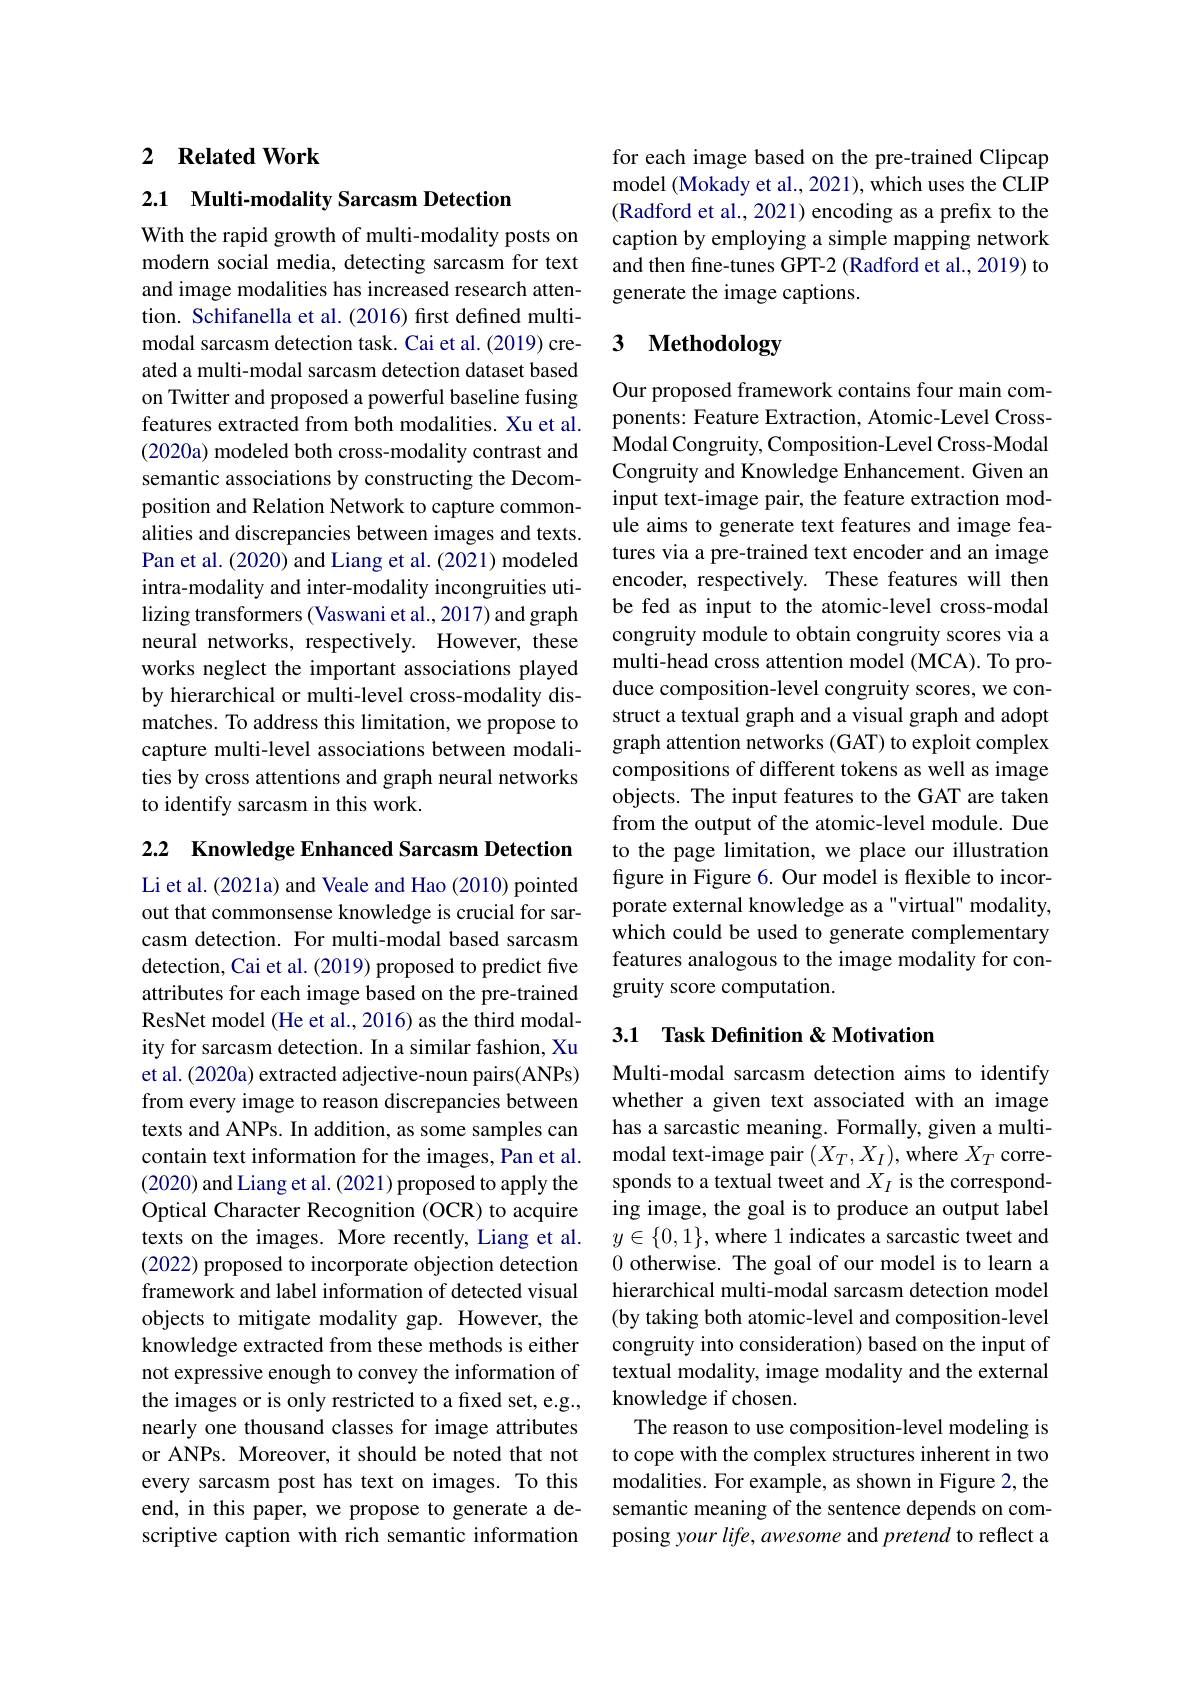
### 2 $\textbf{Related Work}$

2.1 Multi-modality Sarcasm Detection

With the rapid growth of multi-modality posts on modern social media, detecting sarcasm for text and image modalities has increased research attention. Schifanella et al.(2016) frst defined multimodal sarcasm detection task. Cai et al. (2019) created a multi-modal sarcasm detection dataset based on Twitter and proposed a powerful baseline fusing features extracted from both modalities. Xu et al. (2020a) modeled both cross-modality contrast and semantic associations by constructing the Decomposition and Relation Network to capture commonalities and discrepancies between images and texts. Pan et al. (2020) and Liang et al. (2021) modeled intra-modality and inter-modality incongruities utilizing transformers (Vaswani et al., 2017) and graph neural networks, respectively. However, these works neglect the important associations played by hierarchical or multi-level cross-modality dismatches. To address this limitation, we propose to capture multi-level associations between modalities by cross attentions and graph neural networks to identify sarcasm in this work.

2.2 Knowledge Enhanced Sarcasm Detection

Li et al. (2021a) and Veale and Hao (2010) pointed out that commonsense knowledge is crucial for sarcasm detection. For multi-modal based sarcasm detection, Cai et al. (2019) proposed to predict five attributes for each image based on the pre-trained ResNet model (He et al., 2016) as the third modality for sarcasm detection. In a similar fashion, Xu et al. (2020a) extracted adjective-noun pairs(ANPs) from every image to reason discrepancies between texts and ANPs. In addition, as some samples can contain text information for the images, Pan et al. (2020) and Liang et al. (2021) proposed to apply the Optical Character Recognition (OCR) to acquire texts on the images. More recently, Liang et al. (2022) proposed to incorporate objection detection framework and label information of detected visual objects to mitigate modality gap. However, the knowledge extracted from these methods is either not expressive enough to convey the information of the images or is only restricted to a fixed set, e.g., nearly one thousand classes for image attributes or ANPs. Moreover, it should be noted that not every sarcasm post has text on images. To this end, in this paper, we propose to generate a descriptive caption with rich semantic information

for each image based on the pre-trained Clipcap model (Mokady et al., 2021), which uses the CLIP (Radford et al., 2021) encoding as a prefix to the caption by employing a simple mapping network and then fine-tunes GPT-2 (Radford et al., 2019) to generate the image captions.

# 3 Methodology

Our proposed framework contains four main components: Feature Extraction, Atomic-Level CrossModal Congruity, Composition-Level Cross-Modal Congruity and Knowledge Enhancement. Given an input text-image pair, the feature extraction module aims to generate text features and image features via a pre-trained text encoder and an image encoder, respectively. These features will then be fed as input to the atomic-level cross-modal congruity module to obtain congruity scores via a multi-head cross attention model (MCA). To produce composition-level congruity scores, we construct a textual graph and a visual graph and adopt graph attention networks (GAT) to exploit complex compositions of different tokens as well as image objects. The input features to the GAT are taken from the output of the atomic-level module. Due to the page limitation, we place our illustration figure in Figure 6. Our model is flexible to incorporate external knowledge as a"virtual" modality, which could be used to generate complementary features analogous to the image modality for congruity score computation.

## 3.1 Task Definition & Motivation

Multi-modal sarcasm detection aims to identify whether a given text associated with an image has a sarcastic meaning. Formally, given a multimodal text-image pair $(X_T,X_I)$, where $X_T$ corresponds to a textual tweet and $X_I$ is the corresponding image, the goal is to produce an output label $y\in\{0,1\}$, where 1 indicates a sarcastic tweet and 0 otherwise. The goal of our model is to learn a hierarchical multi-modal sarcasm detection model (by taking both atomic-level and composition-level congruity into consideration) based on the input of textual modality, image modality and the external knowledge if chosen.
The reason to use composition-level modeling is to cope with the complex structures inherent in two modalities. For example, as shown in Figure 2, the semantic meaning of the sentence depends on composing your life, awesome and pretend to reflect a